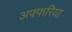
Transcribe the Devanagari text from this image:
अफ़्फरिया